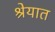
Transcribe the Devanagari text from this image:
श्रेयात